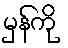
မှန်ကို